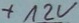
Text: +12V